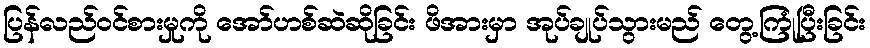
ပြန်လည်ဝင်စားမှုကို အော်ဟစ်ဆဲဆိုခြင်း ဖိအားမှာ အုပ်ချုပ်သွားမည် တွေ့ကြုံပြီးခြင်း